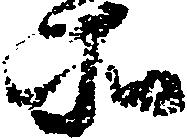
所